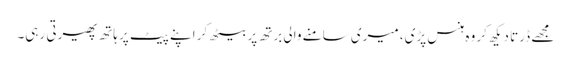
مجھے ڈرتا دیکھ کر وہ ہنس پڑی، میری سامنے والی برتھ پر بیٹھ کر اپنے پیٹ پر ہاتھ پھیرتی رہی۔